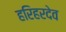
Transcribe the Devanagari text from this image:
हरिहरदेव